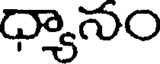
ధ్యానం